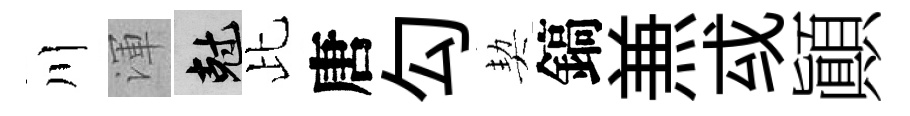
川渾剋比唐勾契鎬𠔥㦯顚